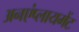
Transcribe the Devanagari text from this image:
अनएंप्लायमेंट